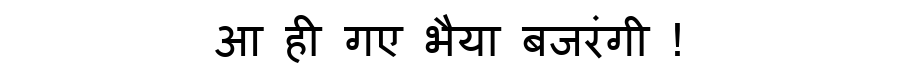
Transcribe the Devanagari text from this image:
आ ही गए भैया बजरंगी !